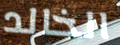
الخالد